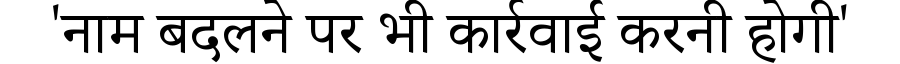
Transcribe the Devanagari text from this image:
'नाम बदलने पर भी कार्रवाई करनी होगी'